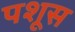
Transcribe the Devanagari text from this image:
पशूस